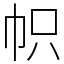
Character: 帜